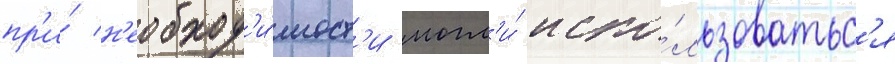
пр'и́ н'еобход'и́мост'и могл'и́ испо́льзоватьс'я